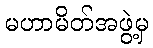
မဟာမိတ်အဖွဲ့မှ